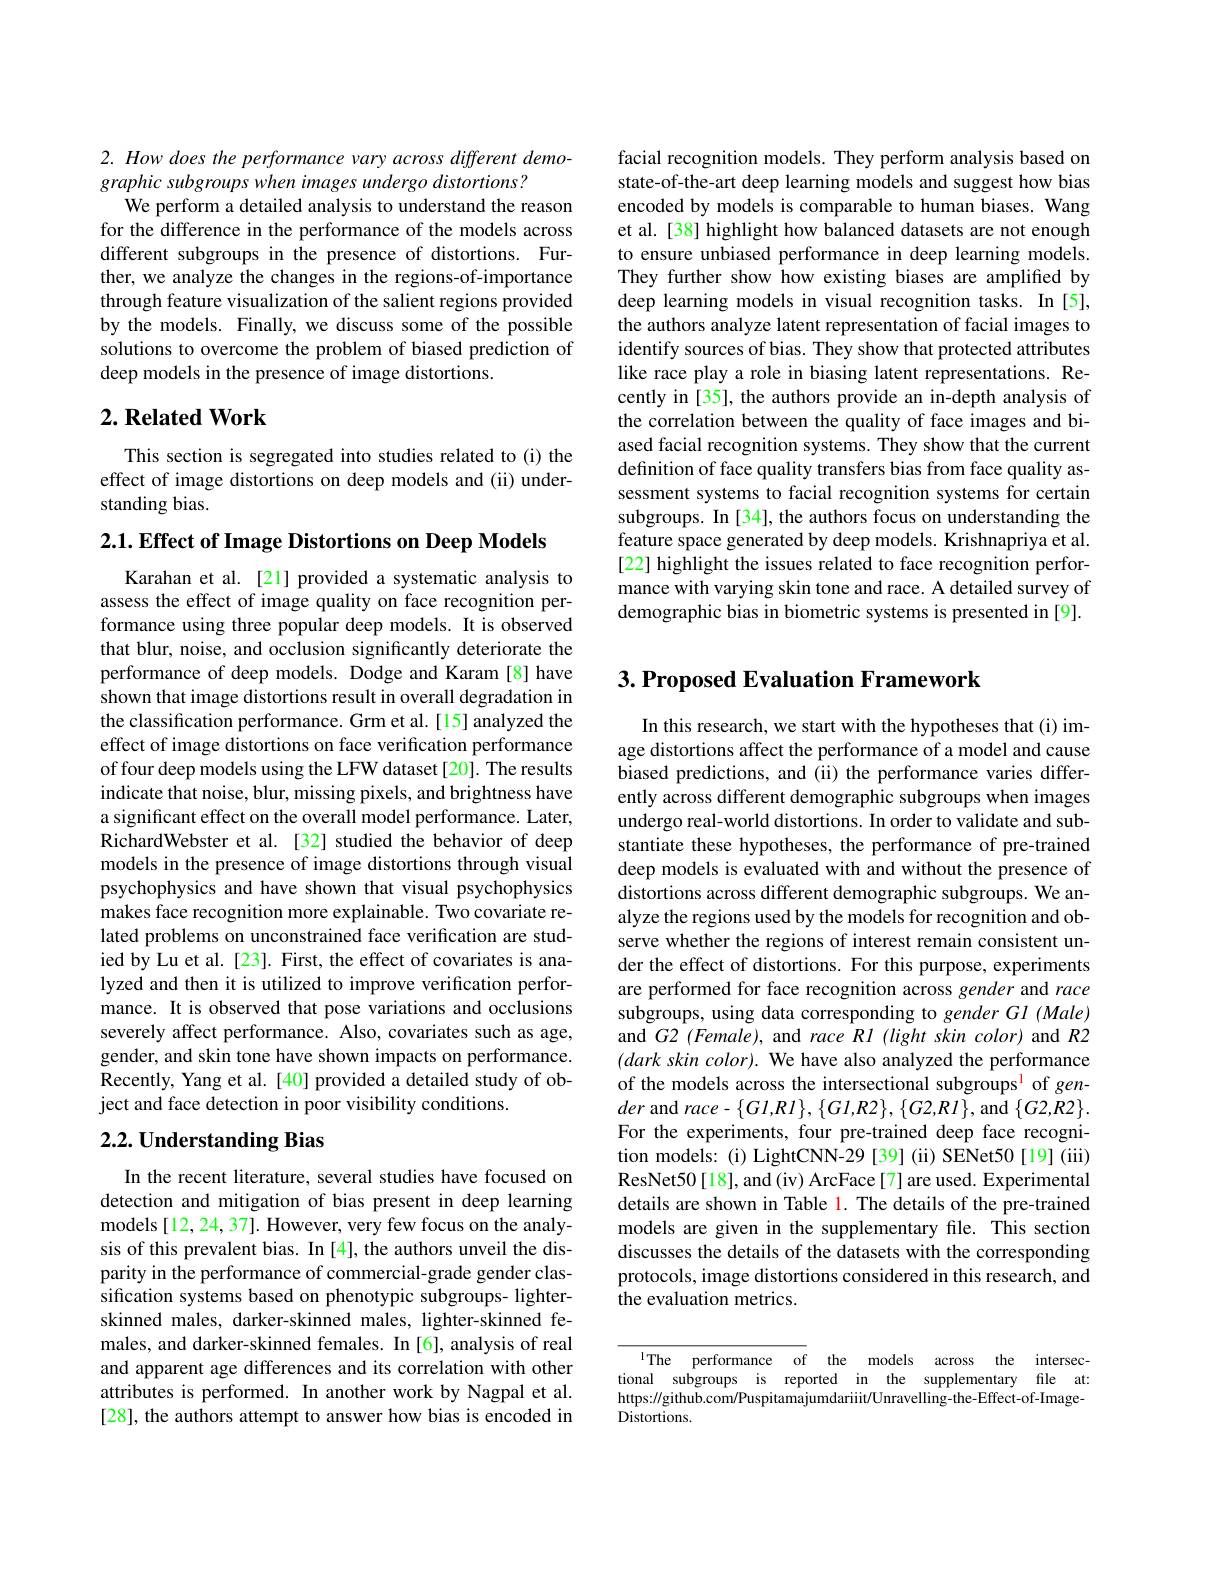
2. How does the performance vary across different demo-
graphic subgroups when images undergo distortions?
We perform a detailed analysis to understand the reason for the difference in the performance of the models across different subgroups in the presence of distortions. Further, we analyze the changes in the regions-of-importance through feature visualization of the salient regions provided by the models. Finally, we discuss some of the possible solutions to overcome the problem of biased prediction of deep models in the presence of image distortions.

## $2. \textbf{Related Work}$

This section is segregated into studies related to (i) the effect of image distortions on deep models and (ii) understanding bias.

$2. 1. \textbf{ Effect of Image Distortions on Deep Models}$

Karahan et al. [21] provided a systematic analysis to assess the effect of image quality on face recognition performance using three popular deep models. It is observed that blur, noise, and occlusion significantly deteriorate the performance of deep models. Dodge and Karam [8] have shown that image distortions result in overall degradation in the classification performance. Grm et al.[15] analyzed the effect of image distortions on face verification performance of four deep models using the LFW dataset [20]. The results indicate that noise, blur, missing pixels, and brightness have a significant effect on the overall model performance. Later, RichardWebster et al.[32] studied the behavior of deep models in the presence of image distortions through visual psychophysics and have shown that visual psychophysics makes face recognition more explainable. Two covariate related problems on unconstrained face verification are studied by Lu et al. [23]. First, the effect of covariates is analyzed and then it is utilized to improve verification performance. It is observed that pose variations and occlusions severely affect performance. Also, covariates such as age, gender, and skin tone have shown impacts on performance. Recently, Yang et al. [40] provided a detailed study of object and face detection in poor visibility conditions.

## $2. 2. \textbf{Understanding Bias}$

In the recent literature, several studies have focused on detection and mitigation of bias present in deep learning models[12, 24, 37]. However, very few focus on the analysis of this prevalent bias. In [4], the authors unveil the disparity in the performance of commercial-grade gender classification systems based on phenotypic subgroups- lighterskinned males, darker-skinned males, lighter-skinned females, and darker-skinned females. In [6], analysis of real and apparent age differences and its correlation with other attributes is performed. In another work by Nagpal et al. [28], the authors attempt to answer how bias is encoded in

facial recognition models. They perform analysis based on state-of-the-art deep learning models and suggest how bias encoded by models is comparable to human biases. Wang et al. [38] highlight how balanced datasets are not enough to ensure unbiased performance in deep learning models. They further show how existing biases are amplified by deep learning models in visual recognition tasks. In [5], the authors analyze latent representation of facial images to identify sources of bias. They show that protected attributes like race play a role in biasing latent representations. Recently in [35], the authors provide an in-depth analysis of the correlation between the quality of face images and biased facial recognition systems. They show that the current definition of face quality transfers bias from face quality assessment systems to facial recognition systems for certain subgroups. In [34], the authors focus on understanding the feature space generated by deep models. Krishnapriya et al. [22] highlight the issues related to face recognition performance with varying skin tone and race. A detailed survey of demographic bias in biometric systems is presented in [9].

# 3. Proposed Evaluation Framework

In this research, we start with the hypotheses that (i) image distortions affect the performance of a model and cause biased predictions, and (ii) the performance varies differently across different demographic subgroups when images undergo real-world distortions. In order to validate and substantiate these hypotheses, the performance of pre-trained deep models is evaluated with and without the presence of distortions across different demographic subgroups. We analyze the regions used by the models for recognition and observe whether the regions of interest remain consistent under the effect of distortions. For this purpose, experiments are performed for face recognition across gender and race subgroups, using data corresponding to gender Gl (Male) and $G2$ (Female), and race R1 (light skin color) and R2 $( dark\textit{ skin color) . We have also analyzed the performance}$ of the models across the intersectional subgroups$^{\mathrm{l}}$ of gender and race-$\{Gl,Rl\},\{Gl,R2\},\{G2,RI\}$,and$\{G2,R2\}.$ For the experiments, four pre-trained deep face recognition models: (i) LightCNN-29 [39] (ii) SENet50 [19] (iii) ResNet50[18], and (iv) ArcFace[7] are used. Experimental details are shown in Table 1. The details of the pre-trained models are given in the supplementary file. This section discusses the details of the datasets with the corresponding protocols, image distortions considered in this research, and the evaluation metrics.

$\overline{^{1}\text{The}\:\text{performance}\:\mathrm{of}\:\mathrm{the}\:\mathrm{models}\:\mathrm{across}\:\mathrm{the}\:\mathrm{intersec-}}$ tional subgroups is reported in the supplementary file at: https://github.com/Puspitamajumdariiit/Unravelling-the-Effect-of-ImageDistortions.